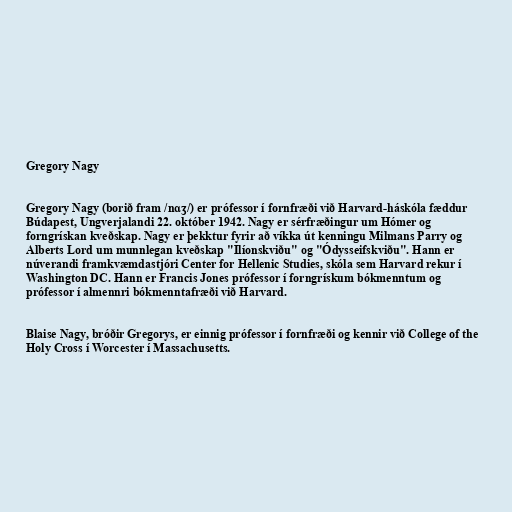
Gregory Nagy

Gregory Nagy (borið fram /nɑʒ/) er prófessor í fornfræði við Harvard-háskóla fæddur
Búdapest, Ungverjalandi 22. október 1942. Nagy er sérfræðingur um Hómer og
forngrískan kveðskap. Nagy er þekktur fyrir að víkka út kenningu Milmans Parry og
Alberts Lord um munnlegan kveðskap "Ilíonskviðu" og "Ódysseifskviðu". Hann er
núverandi framkvæmdastjóri Center for Hellenic Studies, skóla sem Harvard rekur í
Washington DC. Hann er Francis Jones prófessor í forngrískum bókmenntum og
prófessor í almennri bókmenntafræði við Harvard.

Blaise Nagy, bróðir Gregorys, er einnig prófessor í fornfræði og kennir við College of the
Holy Cross í Worcester í Massachusetts.